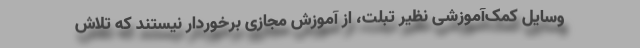
وسایل کمک‌آموزشی نظیر تبلت، از آموزش مجازی برخوردار نیستند که تلاش